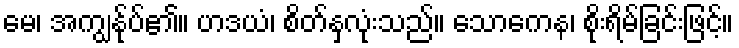
မေ၊ အကျွန်ုပ်၏။ ဟဒယံ၊ စိတ်နှလုံးသည်။ သောကေန၊ စိုးရိမ်ခြင်းဖြင့်။